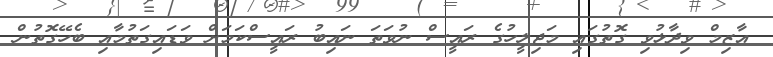
އާޒިމް ވިދާޅުވި ގޮތުގައި މަޖިލީހުގެ ރައީސް ނުވަތަ ނައިބު ރައީސްކަމަށް ވަޑައިގަތުމާއި ބެހޭގޮތުން